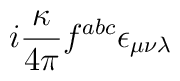
i\frac{\kappa}{4\pi}f^{abc}\epsilon_{\mu \nu \lambda}